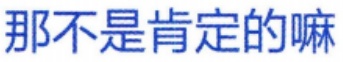
那不是肯定的嘛